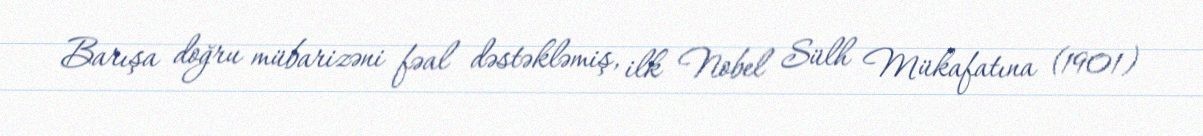
Barışa doğru mübarizəni fəal dəstəkləmiş, ilk Nobel Sülh Mükafatına (1901)